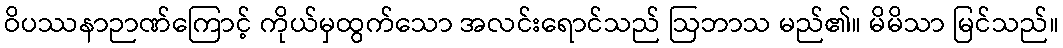
ဝိပဿနာဉာဏ်ကြောင့် ကိုယ်မှထွက်သော အလင်းရောင်သည် ဩဘာသ မည်၏။ မိမိသာ မြင်သည်။